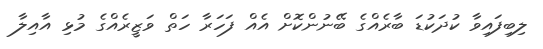
ލިބިފައިވާ ކުދަކުޑަ ބާރެއްގެ ބޭނުންކޮށް އެއް ފަހަރާ ހަތް ވަޒީރެއްގެ މުޅި އާއިލާ